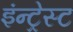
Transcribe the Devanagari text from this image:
इंन्ट्रेस्ट